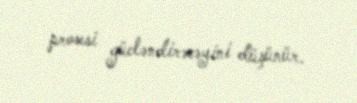
prosesi gücləndirəcəyini düşünür.